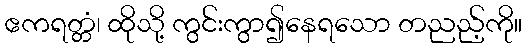
ဧကရတ္တံ၊ ထိုသို့ ကွင်းကွာ၍နေရသော တညည့်ကို။